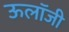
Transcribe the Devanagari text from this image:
ऊलॉजी